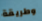
وطريقة